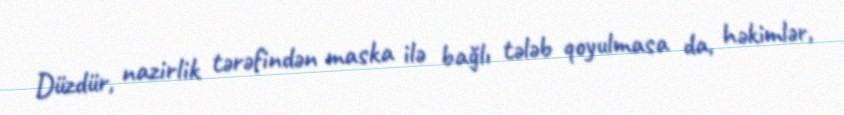
Düzdür, nazirlik tərəfindən maska ilə bağlı tələb qoyulmasa da, həkimlər,